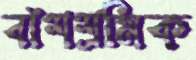
বাঁশশ্রমিক